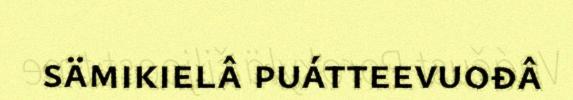
sämikielâ puátteevuođâ